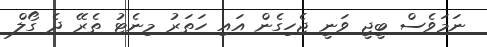
ނަމަވެސް ބީޖީ ވަނީ ޖެހިގެން އައި ހަތަރު މިނެޓު ތެރޭ ދެ ގޯލް